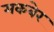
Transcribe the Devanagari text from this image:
मकबेर